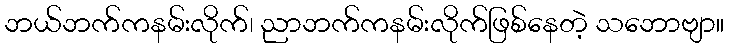
ဘယ်ဘက်ကနမ်းလိုက်၊ ညာဘက်ကနမ်းလိုက်ဖြစ်နေတဲ့ သဘောဗျာ။